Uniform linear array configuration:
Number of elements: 48
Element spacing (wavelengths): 0.75
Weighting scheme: exponential
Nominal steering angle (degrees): -30
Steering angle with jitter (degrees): -30.282
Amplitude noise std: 0.05
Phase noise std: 0.05

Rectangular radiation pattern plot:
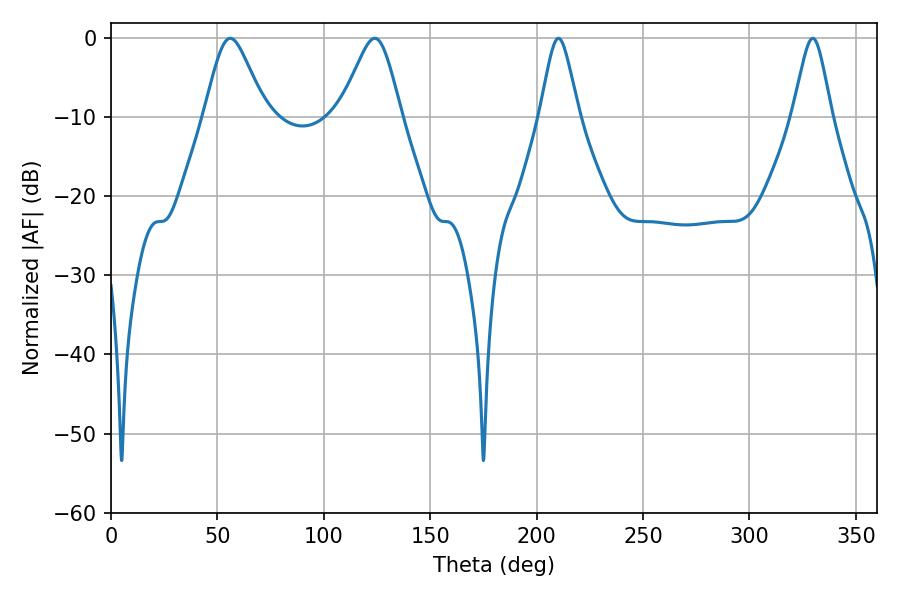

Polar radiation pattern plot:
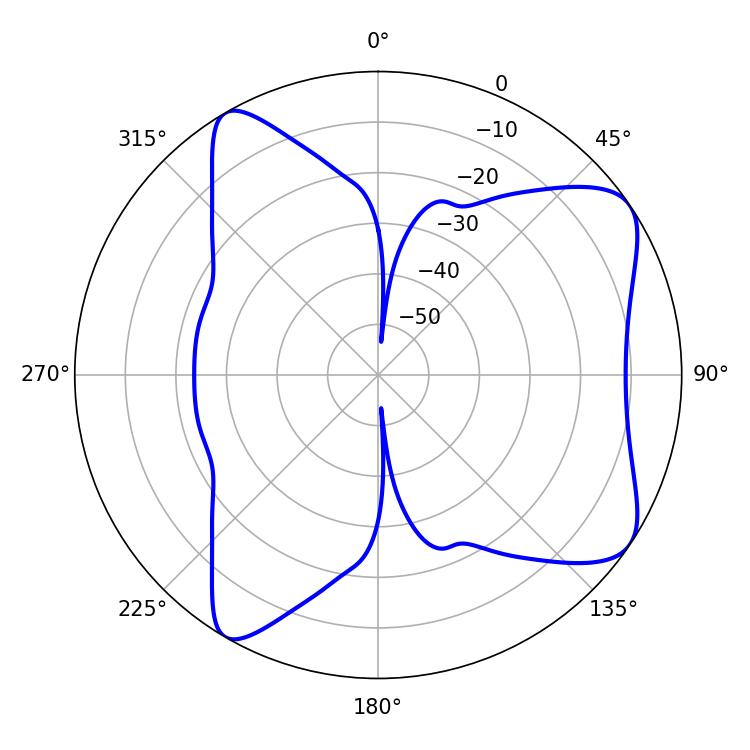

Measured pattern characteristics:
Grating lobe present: TRUE
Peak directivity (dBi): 7.816
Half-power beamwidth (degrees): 8.82
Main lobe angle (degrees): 210.24